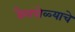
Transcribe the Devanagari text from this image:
बैलपोळ्याचे